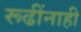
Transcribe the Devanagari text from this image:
रूढींनाही